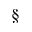
^ \mathsection